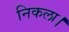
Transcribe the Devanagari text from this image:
निकला।